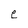
Character: e